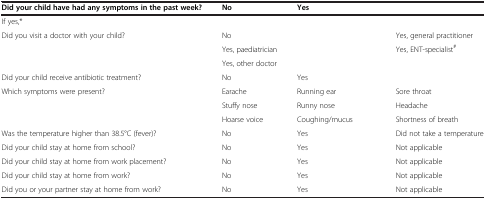
<table><thead><tr><td><b>Did your child have had any symptoms in the past week?</b></td><td><b>No</b></td><td><b>Yes</b></td><td><b> </b></td><td><b> </b></td></tr></thead><tbody><tr><td>If yes,*</td><td> </td><td> </td><td> </td><td> </td></tr><tr><td rowspan="3">Did you visit a doctor with your child?</td><td>No</td><td> </td><td> </td><td>Yes, general practitioner</td></tr><tr><td>Yes, paediatrician</td><td> </td><td> </td><td>Yes, ENT-specialist<sup>#</sup></td></tr><tr><td>Yes, other doctor</td><td> </td><td> </td><td> </td></tr><tr><td>Did your child receive antibiotic treatment?</td><td>No</td><td>Yes</td><td> </td><td> </td></tr><tr><td rowspan="3">Which symptoms were present?</td><td>Earache</td><td>Running ear</td><td> </td><td>Sore throat</td></tr><tr><td>Stuffy nose</td><td>Runny nose</td><td> </td><td>Headache</td></tr><tr><td>Hoarse voice</td><td>Coughing/mucus</td><td> </td><td>Shortness of breath</td></tr><tr><td>Was the temperature higher than 38.5°C (fever)?</td><td>No</td><td>Yes</td><td> </td><td>Did not take a temperature</td></tr><tr><td>Did your child stay at home from school?</td><td>No</td><td>Yes</td><td> </td><td>Not applicable</td></tr><tr><td>Did your child stay at home from work placement?</td><td>No</td><td>Yes</td><td> </td><td>Not applicable</td></tr><tr><td>Did your child stay at home from work?</td><td>No</td><td>Yes</td><td> </td><td>Not applicable</td></tr><tr><td>Did you or your partner stay at home from work?</td><td>No</td><td>Yes</td><td> </td><td>Not applicable</td></tr></tbody></table>